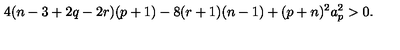
4 ( n - 3 + 2 q - 2 r ) ( p + 1 ) - 8 ( r + 1 ) ( n - 1 ) + ( p + n ) ^ { 2 } a _ { p } ^ { 2 } > 0 .